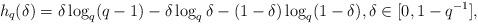
LaTeX: \begin{align*}h_q(\delta)=\delta\log_q(q-1)-\delta\log_q\delta-(1-\delta)\log_q(1-\delta),\delta\in [0,1-q^{-1}],\end{align*}